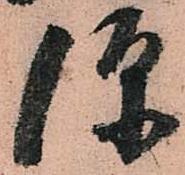
便